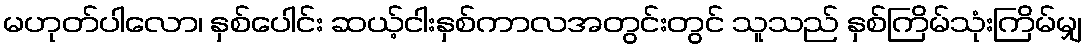
မဟုတ်ပါလော၊ နှစ်ပေါင်း ဆယ့်ငါးနှစ်ကာလအတွင်းတွင် သူသည် နှစ်ကြိမ်သုံးကြိမ်မျှ